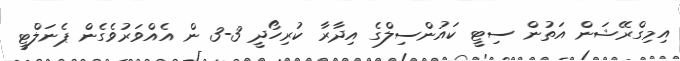
އިމިގްރޭޝަން އަތުން ސިޓީ ކައުންސިލްގެ އިދާރާ ކުރިހޯދީ 3-3 ން އެއްވަރުވެގެން ޕެނަލްޓީ